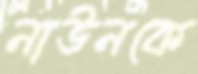
নাউনকে